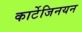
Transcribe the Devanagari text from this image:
कार्टेजिनयन